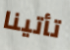
تأتينا